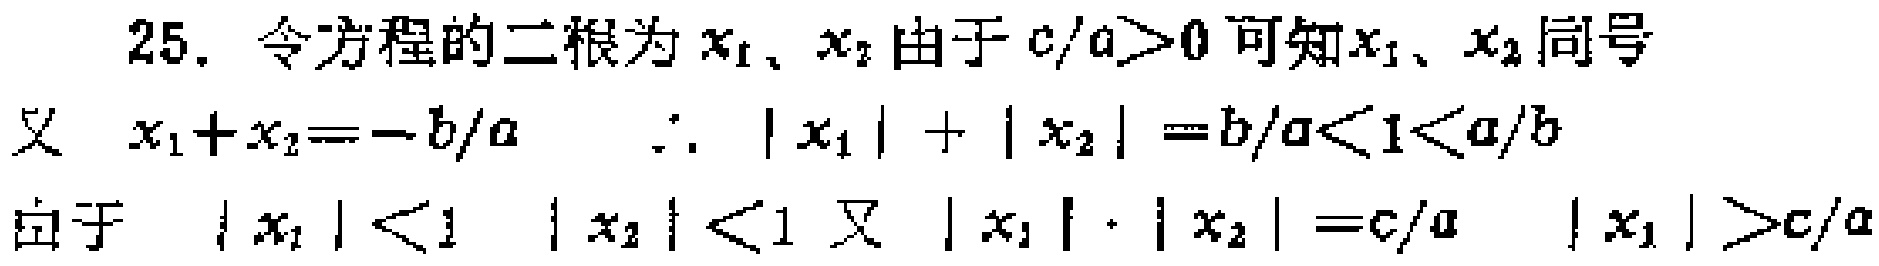
25. 令方程的二根为 \(x_1\)、\(x_2\) 由于 \(c/a>0\) 可知 \(x_1\)、\(x_2\) 同号
又 \(x_1 + x_2=-b/a\)  \(\therefore |x_1|+|x_2|=b/a<1<a/b\)
由于 \(|x_1|<1\)  \(|x_2|<1\) 又 \(|x_1|\cdot|x_2|=c/a\)  \(|x_1|>c/a\)